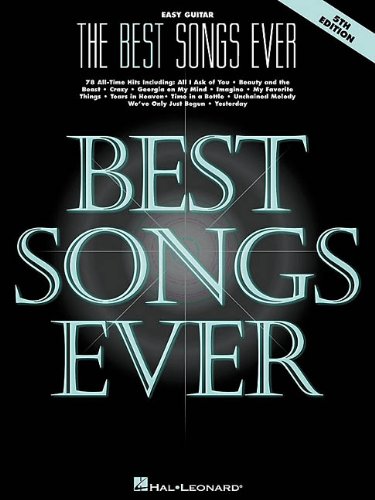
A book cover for BEST SONGS EVER EASY GUITAR  5TH EDITION; Hal Leonard Corp.; Arts & Photography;